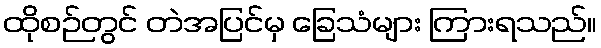
ထိုစဉ်တွင် တဲအပြင်မှ ခြေသံများ ကြားရသည်။